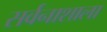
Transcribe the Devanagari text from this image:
सर्वनाशाला